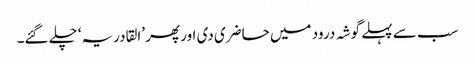
سب سے پہلے گوشہ درود میں حاضری دی اور پھر ’القادریہ‘ چلے گئے۔